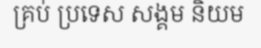
គ្រប់ ប្រទេស សង្គម និយម